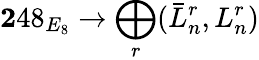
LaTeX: {\mathbf 248}_{E_{8}}\rightarrow\bigoplus_{r}(\bar{L}_{n}^{r},L_{n}^{r})